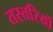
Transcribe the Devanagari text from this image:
तस्तरियों